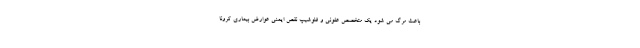
باعث مرگ می شود یک متخصص عفونی و فلوشیپ نقص ایمنی عوارض بیماری کرونا